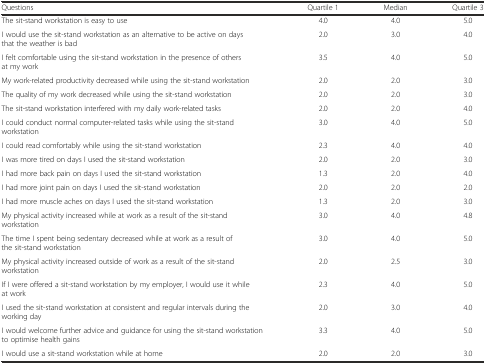
| Questions | Quartile 1 | Median | Quartile 3 |
 | --- | --- | --- | --- |
 | The sit-stand workstation is easy to use | 4.0 | 4.0 | 5.0 |
 | I would use the sit-stand workstation as an alternative to be active on days that the weather is bad | 2.0 | 3.0 | 4.0 |
 | I felt comfortable using the sit-stand workstation in the presence of others at my work | 3.5 | 4.0 | 5.0 |
 | My work-related productivity decreased while using the sit-stand workstation | 2.0 | 2.0 | 3.0 |
 | The quality of my work decreased while using the sit-stand workstation | 2.0 | 2.0 | 3.0 |
 | The sit-stand workstation interfered with my daily work-related tasks | 2.0 | 2.0 | 4.0 |
 | I could conduct normal computer-related tasks while using the sit-stand workstation | 3.0 | 4.0 | 5.0 |
 | I could read comfortably while using the sit-stand workstation | 2.3 | 4.0 | 4.0 |
 | I was more tired on days I used the sit-stand workstation | 2.0 | 2.0 | 3.0 |
 | I had more back pain on days I used the sit-stand workstation | 1.3 | 2.0 | 4.0 |
 | I had more joint pain on days I used the sit-stand workstation | 2.0 | 2.0 | 2.0 |
 | I had more muscle aches on days I used the sit-stand workstation | 1.3 | 2.0 | 3.0 |
 | My physical activity increased while at work as a result of the sit-stand workstation | 3.0 | 4.0 | 4.8 |
 | The time I spent being sedentary decreased while at work as a result of the sit-stand workstation | 3.0 | 4.0 | 5.0 |
 | My physical activity increased outside of work as a result of the sit-stand workstation | 2.0 | 2.5 | 3.0 |
 | If I were offered a sit-stand workstation by my employer, I would use it while at work | 2.3 | 4.0 | 5.0 |
 | I used the sit-stand workstation at consistent and regular intervals during the working day | 2.0 | 3.0 | 4.0 |
 | I would welcome further advice and guidance for using the sit-stand workstation to optimise health gains | 3.3 | 4.0 | 5.0 |
 | I would use a sit-stand workstation while at home | 2.0 | 2.0 | 3.0 |